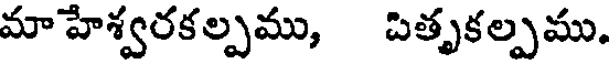
మాహేశ్వరకల్పము, పితృకల్పము.